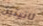
ثانيتين